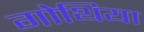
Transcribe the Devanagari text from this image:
गोथिया